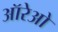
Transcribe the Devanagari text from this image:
ऑरेओ